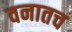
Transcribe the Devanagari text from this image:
वनातच